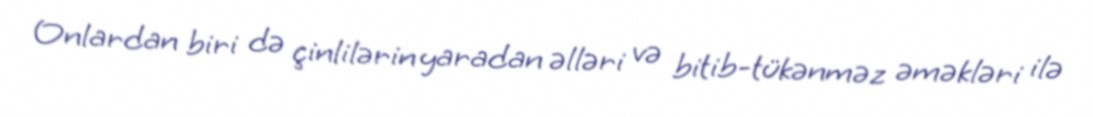
Onlardan biri də çinlilərin yaradan əlləri və bitib-tükənməz əməkləri ilə